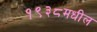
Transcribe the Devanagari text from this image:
१९३८मधील